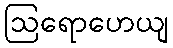
ဩရောဟေယျ